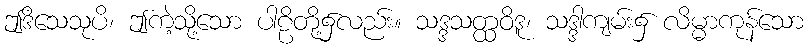
ဤဒိသေသုပိ၊ ဤကဲ့သို့သော ပါဠိတို့၌လည်း။ သဒ္ဒသတ္ထဝိဒူ၊ သဒ္ဒါကျမ်း၌ လိမ္မာကုန်သော